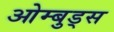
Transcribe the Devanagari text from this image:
ओम्बुड्स